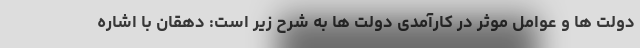
دولت ها و عوامل موثر در کارآمدی دولت ها به شرح زیر است: دهقان با اشاره